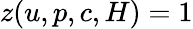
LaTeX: {z}(u,p,c,H)=1